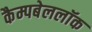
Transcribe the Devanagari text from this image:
कैम्पबेललॉक